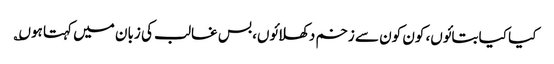
کیا کیا بتائوں، کون کون سے زخم دکھلائوں، بس غالب کی زبان میں کہتا ہوں؎